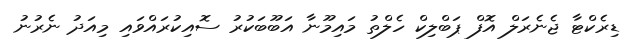
ޑިރެކްޓާ ޖެނެރަލް އޮފް ޕަބްލިކް ހެލްތު މައިމޫނާ އަބޫބަކުރު ސޮއިކުރައްވައި މިއަދު ނެރުނު